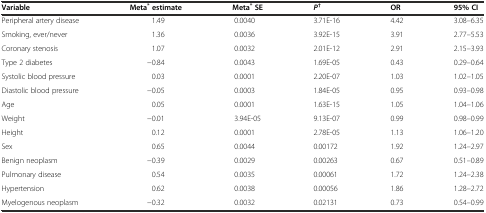
<table><thead><tr><td><b>Variable</b></td><td><b>Meta<sup>*</sup>estimate</b></td><td><b>Meta<sup>*</sup>SE</b></td><td><b><i>P</i><sup>†</sup></b></td><td><b>OR</b></td><td><b>95% CI</b></td></tr></thead><tbody><tr><td>Peripheral artery disease</td><td>1.49</td><td>0.0040</td><td>3.71E-16</td><td>4.42</td><td>3.08–6.35</td></tr><tr><td>Smoking, ever/never</td><td>1.36</td><td>0.0036</td><td>3.92E-15</td><td>3.91</td><td>2.77–5.53</td></tr><tr><td>Coronary stenosis</td><td>1.07</td><td>0.0032</td><td>2.01E-12</td><td>2.91</td><td>2.15–3.93</td></tr><tr><td>Type 2 diabetes</td><td>−0.84</td><td>0.0043</td><td>1.69E-05</td><td>0.43</td><td>0.29–0.64</td></tr><tr><td>Systolic blood pressure</td><td>0.03</td><td>0.0001</td><td>2.20E-07</td><td>1.03</td><td>1.02–1.05</td></tr><tr><td>Diastolic blood pressure</td><td>−0.05</td><td>0.0003</td><td>1.84E-05</td><td>0.95</td><td>0.93–0.98</td></tr><tr><td>Age</td><td>0.05</td><td>0.0001</td><td>1.63E-15</td><td>1.05</td><td>1.04–1.06</td></tr><tr><td>Weight</td><td>−0.01</td><td>3.94E-05</td><td>9.13E-07</td><td>0.99</td><td>0.98–0.99</td></tr><tr><td>Height</td><td>0.12</td><td>0.0001</td><td>2.78E-05</td><td>1.13</td><td>1.06–1.20</td></tr><tr><td>Sex</td><td>0.65</td><td>0.0044</td><td>0.00172</td><td>1.92</td><td>1.24–2.97</td></tr><tr><td>Benign neoplasm</td><td>−0.39</td><td>0.0029</td><td>0.00263</td><td>0.67</td><td>0.51–0.89</td></tr><tr><td>Pulmonary disease</td><td>0.54</td><td>0.0035</td><td>0.00061</td><td>1.72</td><td>1.24–2.38</td></tr><tr><td>Hypertension</td><td>0.62</td><td>0.0038</td><td>0.00056</td><td>1.86</td><td>1.28–2.72</td></tr><tr><td>Myelogenous neoplasm</td><td>−0.32</td><td>0.0032</td><td>0.02131</td><td>0.73</td><td>0.54–0.99</td></tr></tbody></table>